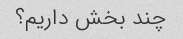
چند بخش داریم؟